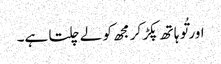
اور تُو ہا تھ پکڑ کر مجھ کو لے چلتا ہے۔